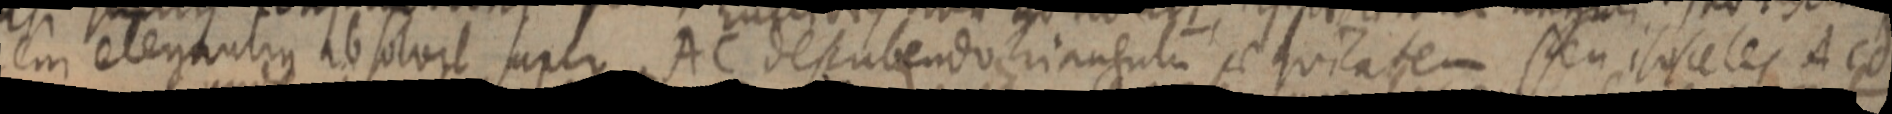
em elegantum absolvit super AC desubendo triangulum se quilatem seu isosceles ACd